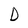
Character: D